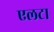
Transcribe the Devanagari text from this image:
एलटा